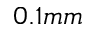
0 . 1 m m